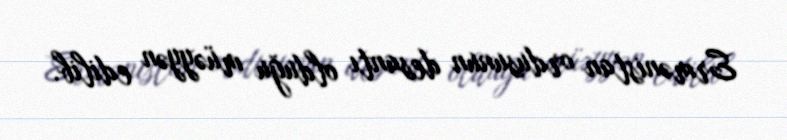
Ermənistan ordusunun desantı olduğu müəyyən edilib.